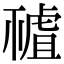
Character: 𧇘